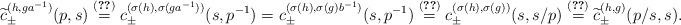
LaTeX: \begin{align*}\widetilde c_{\pm}^{(h,ga^{-1})}(p,s)\overset{(\ref{eq:ctildeDef})}{=}c_{\pm}^{(\sigma(h),\sigma(ga^{-1}))}(s,p^{-1})=c_{\pm}^{(\sigma(h),\sigma(g)b^{-1})}(s,p^{-1})\overset{(\ref{eq:cpcmRightMultiplication})}{=}c_{\pm}^{(\sigma(h),\sigma(g))}(s,s/p)\overset{(\ref{eq:ctildeDef})}{=}\widetilde c_{\pm}^{(h,g)}(p/s,s).\end{align*}